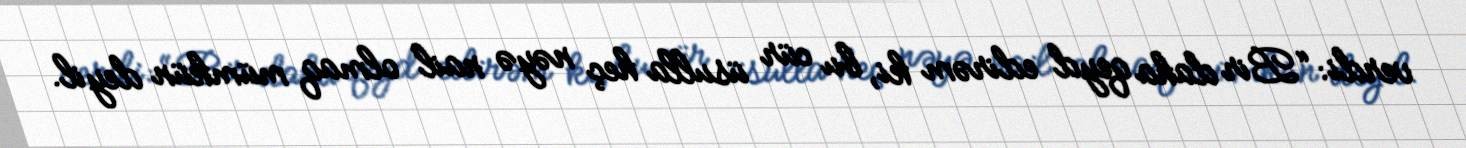
verdi: “Bir daha qeyd edirəm ki, bu cür üsulla heç nəyə nail olmaq mümkün deyil.